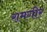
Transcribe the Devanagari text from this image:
रामगीर